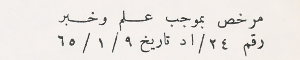
مرخص بموجب علم وخبر رقم ٢٤/اد تاريخ ٩/ ١/ ٦٥